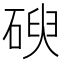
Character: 𥔢